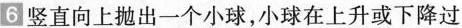
6竖直向上抛出一个小球，小球在上升或下降